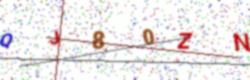
Text: QJ80ZN